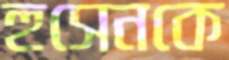
হুসেনকে